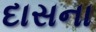
દાસના